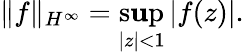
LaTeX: \| f\| _{H^{\infty}}=\operatorname*{s\mathbf{u}p}_{|z|<1}\left|f(z)\right|.